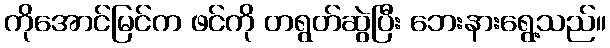
ကိုအောင်မြင်က ဖင်ကို တရွတ်ဆွဲပြီး ဘေးနားရွေ့သည်။